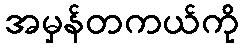
အမှန်တကယ်ကို